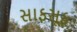
સાફસૂફ